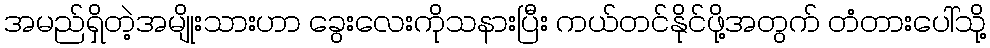
အမည်ရှိတဲ့အမျိုးသားဟာ ခွေးလေးကိုသနားပြီး ကယ်တင်နိုင်ဖို့အတွက် တံတားပေါ်သို့